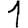
Digit: 1